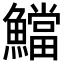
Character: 𩼉